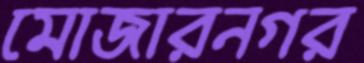
মোজারনগর